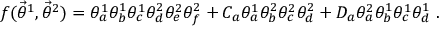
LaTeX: f ( { \vec { \theta } } ^ { 1 } , { \vec { \theta } } ^ { 2 } ) = \theta _ { a } ^ { 1 } \theta _ { b } ^ { 1 } \theta _ { c } ^ { 1 } \theta _ { d } ^ { 2 } \theta _ { e } ^ { 2 } \theta _ { f } ^ { 2 } + C _ { a } \theta _ { a } ^ { 1 } \theta _ { b } ^ { 2 } \theta _ { c } ^ { 2 } \theta _ { d } ^ { 2 } + D _ { a } \theta _ { a } ^ { 2 } \theta _ { b } ^ { 1 } \theta _ { c } ^ { 1 } \theta _ { d } ^ { 1 } \ .